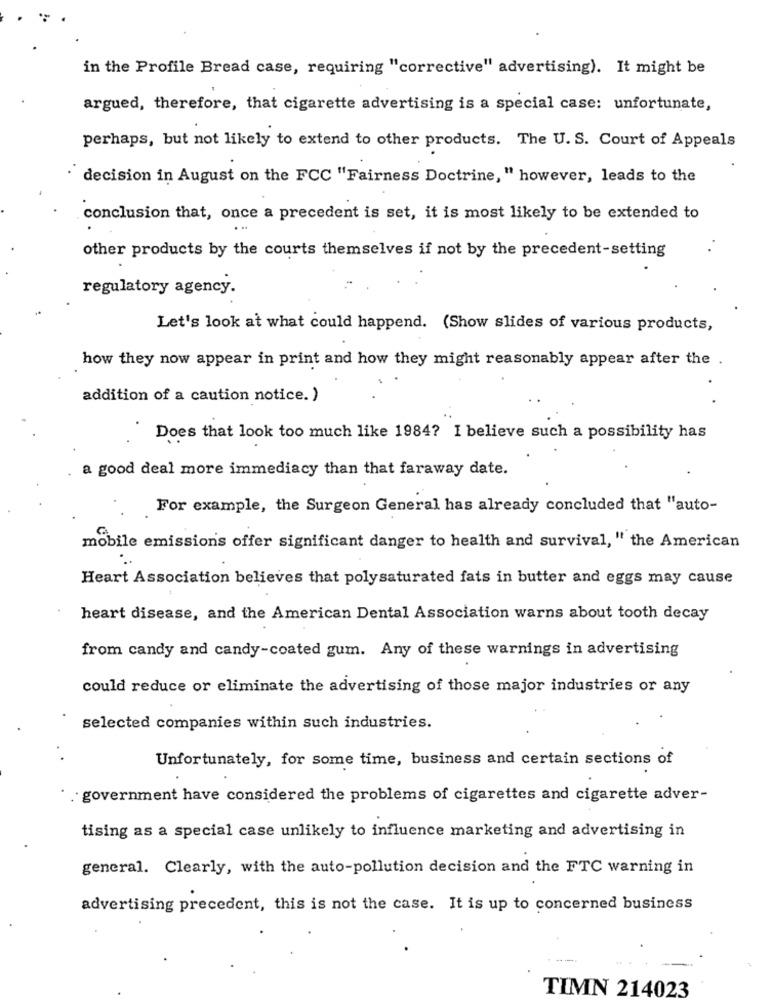
in the Profile Bread case, requiring "corrective" advertising). It might be
argued, therefore, that cigarette advertising is a special case: unfortunate,
perhaps, but not likely to extend to other products. The U. S. Court of Appeals
· decision in August on the FCC "Fairness Doctrine, " however, leads to the
conclusion that, once a precedent is set, it is most likely to be extended to
other products by the courts themselves if not by the precedent-setting
regulatory agency.
Let's look at what could happend. (Show slides of various products,
how they now appear in print and how they might reasonably appear after the .
addition of a caution notice. )
Does that look too much like 1984? I believe such a possibility has
a good deal more immediacy than that faraway date.
For example, the Surgeon General has already concluded that "auto-
mobile emissions offer significant danger to health and survival, " the American
Heart Association believes that polysaturated fats in butter and eggs may cause
heart disease, and the American Dental Association warns about tooth decay
from candy and candy-coated gum. Any of these warnings in advertising
could reduce or eliminate the advertising of those major industries or any
selected companies within such industries.
Unfortunately, for some time, business and certain sections of
. government have considered the problems of cigarettes and cigarette adver-
tising as a special case unlikely to influence marketing and advertising in
general. Clearly, with the auto-pollution decision and the FTC warning in
advertising precedent, this is not the case. It is up to concerned business
TIMN 214023